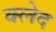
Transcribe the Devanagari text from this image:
क्‍लेद